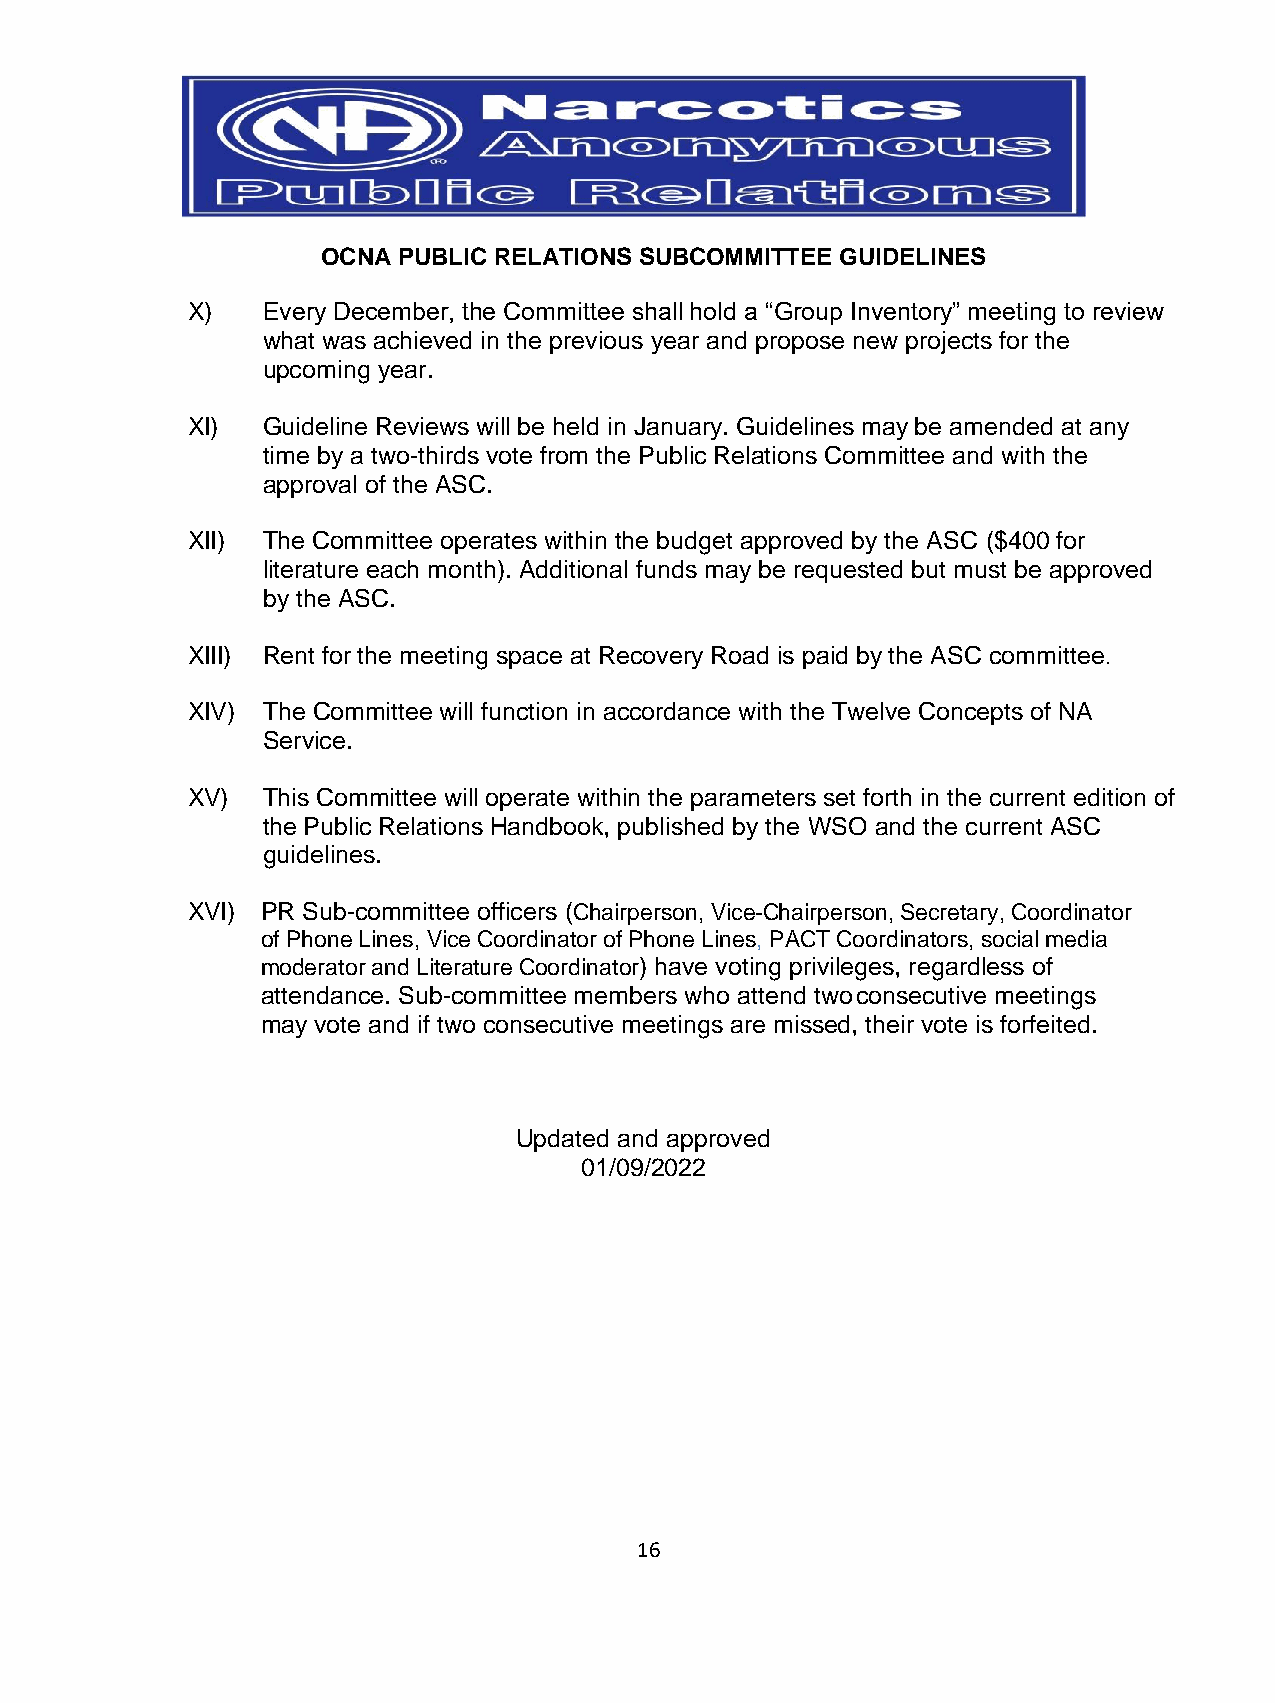
OCNA PUBLIC RELATIONS SUBCOMMITTEE GUIDELINES
 X)   Every December, the Committee shall hold a “Group Inventory” meeting to review
 what was achieved in the previous year and propose new projects for the
 upcoming year.
 XI)  Guideline Reviews will be held in January. Guidelines may be amended at any
 time by a two-thirds vote from the Public Relations Committee and with the
 approval of the ASC.
 XII) The Committee operates within the budget approved by the ASC ($400 for
 literature each month). Additional funds may be requested but must be approved
 by the ASC.
 XIII) Rent for the meeting space at Recovery Road is paid by the ASC committee.
 XIV) The Committee will function in accordance with the Twelve Concepts of NA
 Service.
 XV)  This Committee will operate within the parameters set forth in the current edition of
 the Public Relations Handbook, published by the WSO and the current ASC
 guidelines.
 XVI) PR Sub-committee officers (Chairperson, Vice-Chairperson, Secretary, Coordinator
 of Phone Lines, Vice Coordinator of Phone Lines, PACT Coordinators, social media
 moderator and Literature Coordinator) have voting privileges, regardless of
 attendance. Sub-committee members who attend two consecutive meetings
 may vote and if two consecutive meetings are missed, their vote is forfeited.
 Updated and approved
 01/09/2022
 16